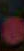
.